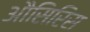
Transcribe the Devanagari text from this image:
औसिरिस